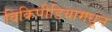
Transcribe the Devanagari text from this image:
विकिपीडियामधून